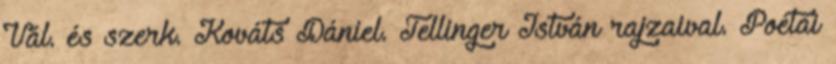
Vál. és szerk. Kováts Dániel. Tellinger István rajzaival. Poétai